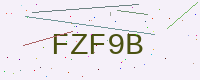
Text: FZF9B